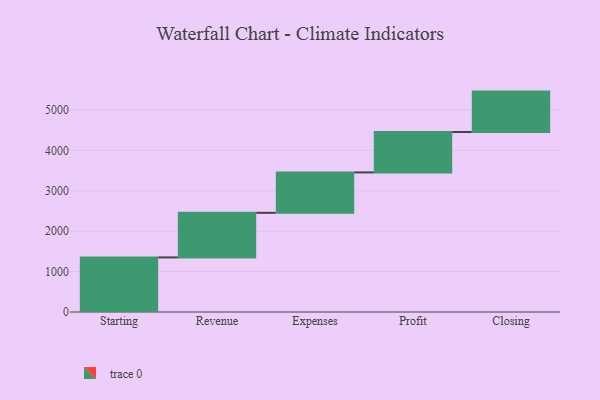
{"axis": {"x": "Step", "y": "Value"}, "legend": [""], "data": [{"x": "Starting", "y": 1351.0, "type": ""}, {"x": "Revenue", "y": 1103.0, "type": ""}, {"x": "Expenses", "y": 1000, "type": ""}, {"x": "Profit", "y": 1000, "type": ""}, {"x": "Closing", "y": 1000, "type": ""}]}